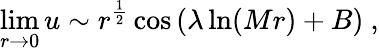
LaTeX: \operatorname*{lim}_{r\rightarrow 0}u\sim{{r}^{{\frac{1}{2}}}\cos\left(\lambda\ln(Mr)+B\right)}\ ,